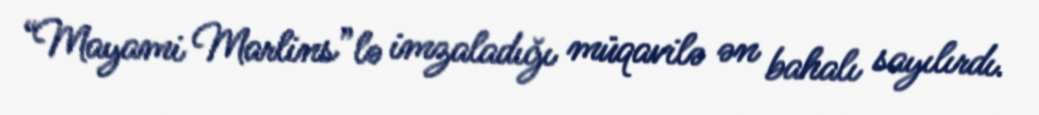
“Mayami Marlins”lə imzaladığı müqavilə ən bahalı sayılırdı.